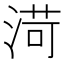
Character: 渮